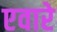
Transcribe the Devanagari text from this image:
एवारे